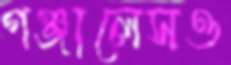
গঞ্জালেসও